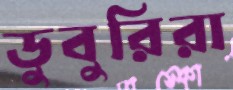
ডুবুরিরা